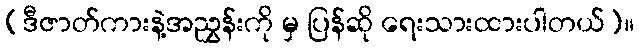
(ဒီဇာတ်ကားနဲ့အညွှန်းကို မှ ပြန်ဆို ရေးသားထားပါတယ်)။